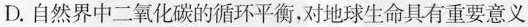
D.自然界中二氧化碳的循环平衡，对地球生命具有重要意义